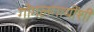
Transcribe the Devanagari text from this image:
गोगलगायींशी